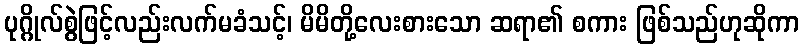
ပုဂ္ဂိုလ်စွဲဖြင့်လည်းလက်မခံသင့်၊ မိမိတို့လေးစားသော ဆရာ၏ စကား ဖြစ်သည်ဟုဆိုကာ